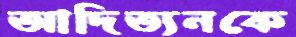
আদিত্যনকে